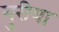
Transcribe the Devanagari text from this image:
युरीया